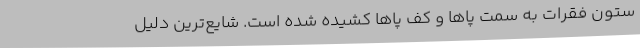
ستون فقرات به سمت پا‌ها و کف پا‌ها کشیده شده است. شایع‌ترین دلیل